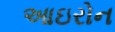
આઇરોન